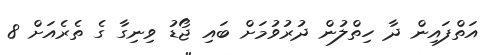
އަތްފައިން ދާ ހިތްލުން ދުރުވުމަށް ބައި ޖޯޑު ވިނިގާ ގެ ތެރެއަށް 8